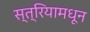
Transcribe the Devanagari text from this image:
स्त्रियामधून